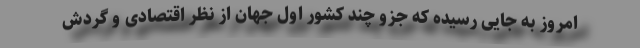
امروز به جایی رسیده که جزو چند کشور اول جهان از نظر اقتصادی و گردش